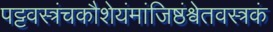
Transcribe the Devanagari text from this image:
पट्टवस्त्रंचकौशेयंमांजिष्ठंश्वेतवस्त्रकं